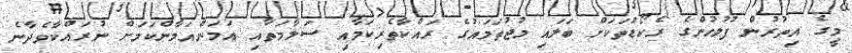
މީގެ އިތުރުން ފުލުހުންގެ ރެކޯޑުތަކަށް ބަލައި މުޖުތަމައުގެ ރައްކާތެރިކަމާއި ސަލާމަތާއި އަމަންއަމާންކަމަށް ނުރައްކާވެދާނެ